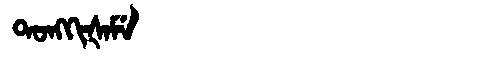
Manchu: ᡨᠣᠩᡴᡳᡧᠠᠮᡝ
Romanization: TONGKIŠAME